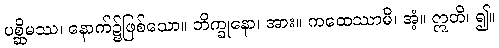
ပစ္ဆိမဿ၊ နောက်၌ဖြစ်သော။ ဘိက္ခုနော၊ အား။ ကထေဿာမိ၊ အံ့။ ဣတိ၊ ၍။